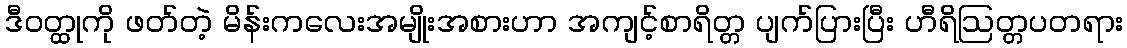
ဒီဝတ္ထုကို ဖတ်တဲ့ မိန်းကလေးအမျိုးအစားဟာ အကျင့်စာရိတ္တ ပျက်ပြားပြီး ဟီရိဩတ္တပတရား